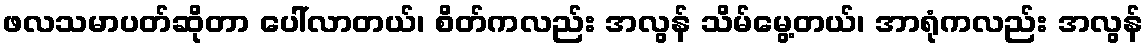
ဖလသမာပတ်ဆိုတာ ပေါ်လာတယ်၊ စိတ်ကလည်း အလွန် သိမ်မွေ့တယ်၊ အာရုံကလည်း အလွန်